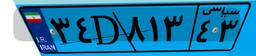
۹۷D۴۳۲۰۱